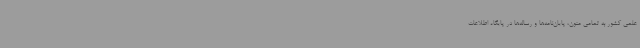
علمی کشور به تمامی متون، پایان‌نامه‌ها و رساله‌ها در پایگاه اطلاعات